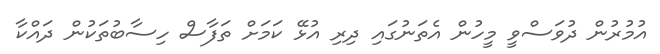
އުމުރުން ދުވަސްވީ މީހުން އެތަނުގައި ދިރި އުޅޭ ކަމަށް ތަފާސް ހިސާބުތަކުން ދައްކާ